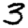
Digit: 3